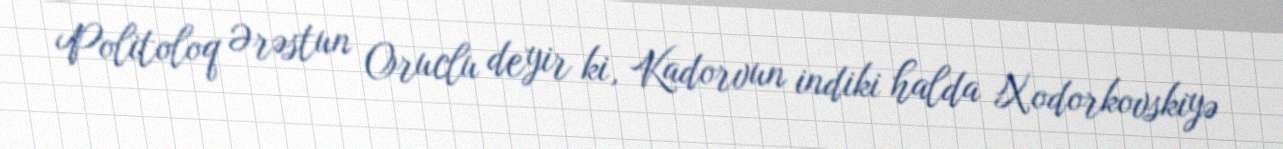
Politoloq Ərəstun Oruclu deyir ki, Kadorvun indiki halda Xodorkovskiyə